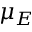
\mu _ { E }